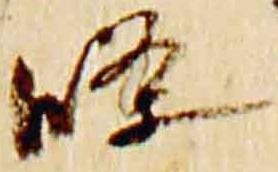
条